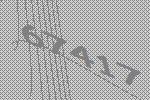
67417